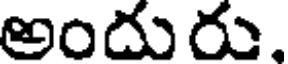
అందురు,